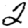
Digit: 2